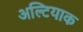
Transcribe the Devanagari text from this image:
अल्टियाक